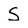
Character: S